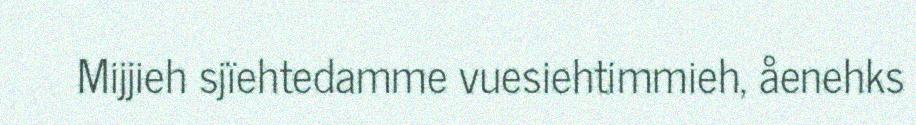
Mijjieh sjïehtedamme vuesiehtimmieh, åenehks